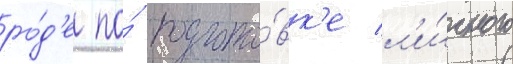
ро́д'е по́ подгото́вк'е л'и́чного